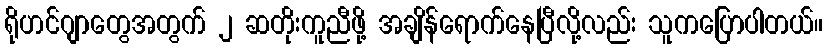
ရိုဟင်ဂျာတွေအတွက် ၂ ဆတိုးကူညီဖို့ အချိန်ရောက်နေပြီလို့လည်း သူကပြောပါတယ်။